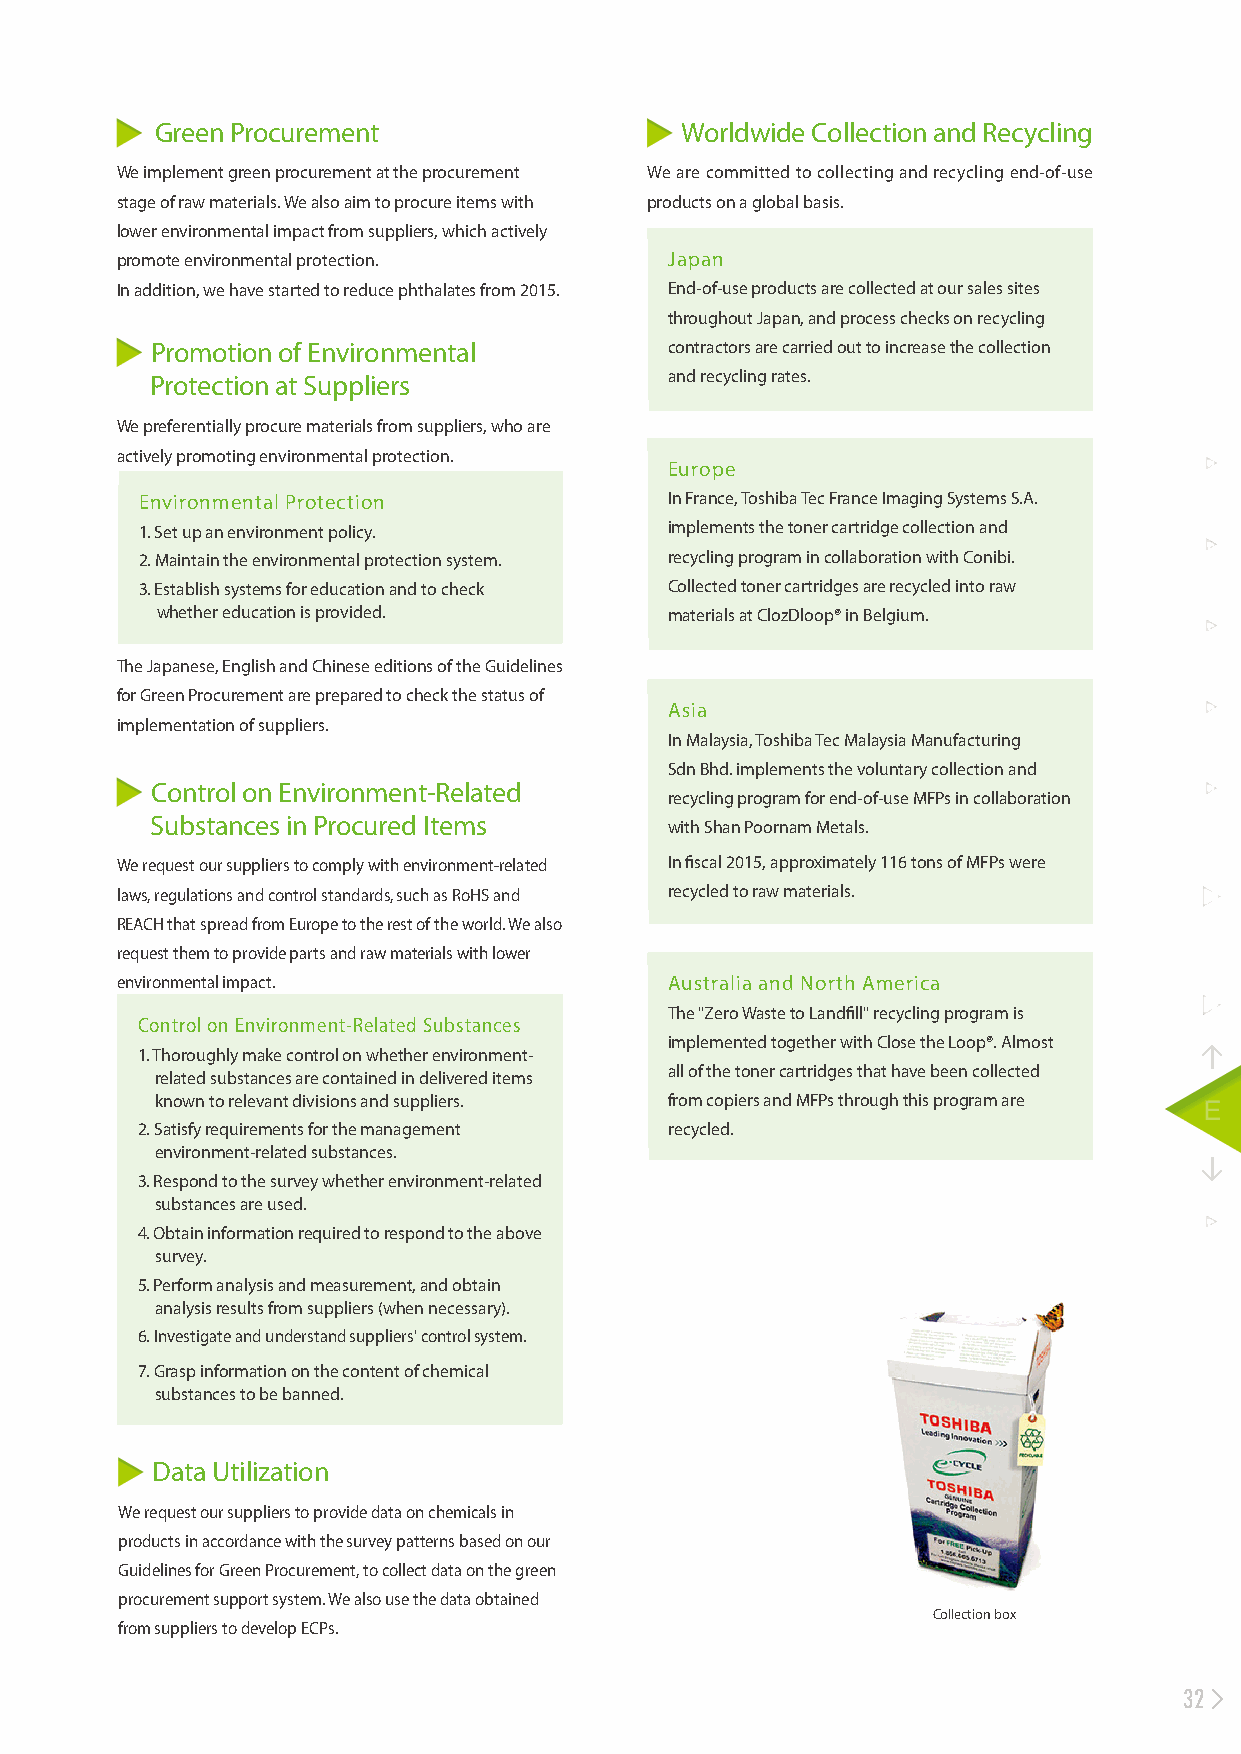
Green Procurement                  Worldwide Collection and Recycling
 We implement green procurement at the procurement We are committed to collecting and recycling end-of-use
 stage of raw materials. We also aim to procure items with products on a global basis.
 lower environmental impact from suppliers, which actively
 promote environmental protection.   Japan
 In addition, we have started to reduce phthalates from 2015. End-of-use products are collected at our sales sites
 throughout Japan, and process checks on recycling
 Promotion of Environmental        contractors are carried out to increase the collection
 Protection at Suppliers           and recycling rates.
 We preferentially procure materials from suppliers, who are
 actively promoting environmental protection.
 Europe
 Environmental Protection           In France, Toshiba Tec France Imaging Systems S.A.
 1. Set up an environment policy.   implements the toner cartridge collection and
 2. Maintain the environmental protection system. recycling program in collaboration with Conibi.
 3. Establish systems for education and to check Collected toner cartridges are recycled into raw
 whether education is provided.    materials at ClozDloop® in Belgium.
 The Japanese, English and Chinese editions of the Guidelines
 for Green Procurement are prepared to check the status of
 Asia
 implementation of suppliers.
 In Malaysia, Toshiba Tec Malaysia Manufacturing
 Sdn Bhd. implements the voluntary collection and
 Control on Environment-Related
 recycling program for end-of-use MFPs in collaboration
 Substances in Procured Items
 with Shan Poornam Metals.
 We request our suppliers to comply with environment-related In fiscal 2015, approximately 116 tons of MFPs were
 laws, regulations and control standards, such as RoHS and recycled to raw materials.
 REACH that spread from Europe to the rest of the world. We also
 request them to provide parts and raw materials with lower
 environmental impact.               Australia and North America
 The "Zero Waste to Landfill" recycling program is
 Control on Environment-Related Substances
 implemented together with Close the Loop®. Almost
 1. Thoroughly make control on whether environment-
 all of the toner cartridges that have been collected
 related substances are contained in delivered items
 known to relevant divisions and suppliers. from copiers and MFPs through this program are
 2. Satisfy requirements for the management recycled.
 environment-related substances.
 3. Respond to the survey whether environment-related
 substances are used.
 4. Obtain information required to respond to the above
 survey.
 5. Perform analysis and measurement, and obtain
 analysis results from suppliers (when necessary).
 6. Investigate and understand suppliers' control system.
 7. Grasp information on the content of chemical
 substances to be banned.
 Data Utilization
 We request our suppliers to provide data on chemicals in
 products in accordance with the survey patterns based on our
 Guidelines for Green Procurement, to collect data on the green
 procurement support system. We also use the data obtained
 Collection box
 from suppliers to develop ECPs.
 32